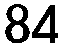
84